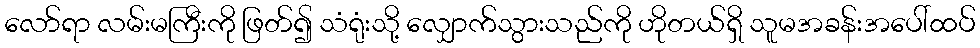
လော်ရာ လမ်းမကြီးကို ဖြတ်၍ သံရုံးသို့ လျှောက်သွားသည်ကို ဟိုတယ်ရှိ သူမအခန်းအပေါ်ထပ်